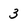
Character: 3